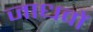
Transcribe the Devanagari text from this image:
जाधवों